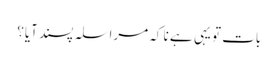
بات تو یہی ہے نا کہ مراسلہ پسند آیا؟